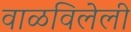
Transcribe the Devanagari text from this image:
वाळविलेली